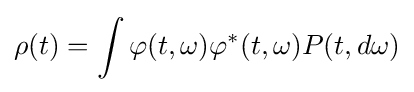
\rho (t)=\int \varphi (t,\omega )\varphi ^{\ast }(t,\omega )P(t,d\omega )